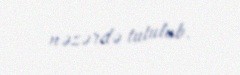
nəzərdə tutulub.